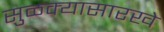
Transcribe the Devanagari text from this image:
सुळक्यासारखे